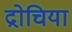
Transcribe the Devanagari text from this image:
द्रोचिया